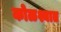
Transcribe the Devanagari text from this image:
कोळश्यात